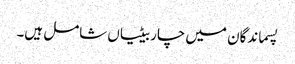
پسماندگان میں چار بیٹیاں شامل ہیں۔